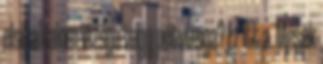
első alkalom Vizsga vagy pótvizsga? Ez itt a. Mesék